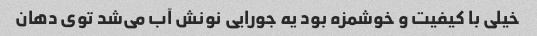
خیلی با کیفیت و خوشمزه بود یه جورایی نونش آب می‌شد توی دهان